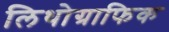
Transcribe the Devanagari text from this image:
लिथोग्राफिक